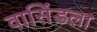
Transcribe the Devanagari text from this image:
वासिंडला